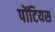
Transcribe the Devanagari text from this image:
पोंटियस